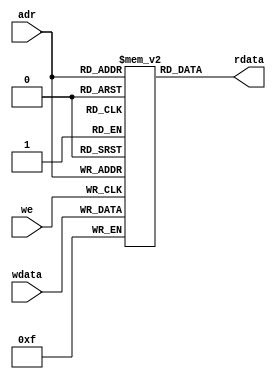
module m_ram(input [3:0] adr, input [3:0] wdata, input we, output [3:0] rdata);
	reg [3:0] mem [0:15]; // 16x4bit RAM
	//read data
	assign rdata = mem[adr];
	// write data
	always @(posedge we) begin
		mem[adr] = wdata;
	end

endmodule


// removign chattering
module m_chattering(input clk, input sw_in, output sw_out);
	reg[15:0] cnt;
	reg swreg;
	wire iclk;
	
	assign sw_out=swreg;
	
	// 16 bit counter
	always @(posedge clk) begin
		cnt=cnt+1;
	end
	assign iclk=cnt[15];
	
	always @(posedge iclk) begin
		swreg=sw_in;
	end
endmodule


// 7 segment decoder
module m_seven_segment(input [3:0] idat, output [7:0] odat);
	parameter dot=1'b1;
	function [7:0] LedDec;
	input [3:0] num;
	begin
		case(num)
			4'h0: LedDec=8'b11000000;
			4'h1: LedDec=8'b11111001;
			4'h2: LedDec=8'b10100100;
			4'h3: LedDec=8'b10110000;
			4'h4: LedDec=8'b10011001;
			4'h5: LedDec=8'b10010010;
			4'h6: LedDec=8'b10000010;
			4'h7: LedDec=8'b11111000;
			4'h8: LedDec=8'b10000000;
			4'h9: LedDec=8'b10011000;
			4'ha: LedDec=8'b10001000;
			4'hb: LedDec=8'b10000011;
			4'hc: LedDec=8'b10100111;
			4'hd: LedDec=8'b10100001;
			4'he: LedDec=8'b10000110;
			4'hf: LedDec=8'b10001110;
			default: LedDec=8'b11111111;
		endcase
	end
	endfunction
		wire [7:0] tdat;
		assign tdat=LedDec(idat);
		assign odat={dot, tdat[6:0]};
endmodule